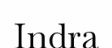
Indra